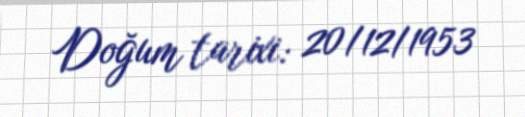
Doğum tarixi: 20/12/1953